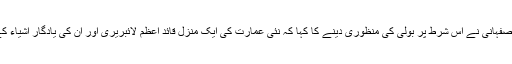
قائد اعظم سے متعلق جائیدا کے ٹرسٹی معروف سیاسی لیڈر ایم اے اصفہانی نے اس شرط پر بولی کی منظوری دینے کا کہا کہ نئی عمارت کی ایک منزل قائد اعظم لائبریری اور ان کی یادگار اشیاء کے لیے مختص کر دی جائے، مگر یہ مذاکرات کامیاب نہ ہو سکے۔